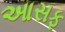
આસફ